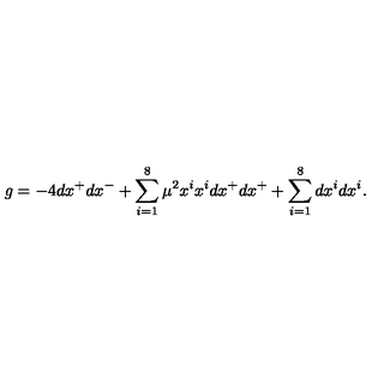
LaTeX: g = - 4 d x ^ { + } d x ^ { - } + \sum _ { i = 1 } ^ { 8 } \mu ^ { 2 } x ^ { i } x ^ { i } d x ^ { + } d x ^ { + } + \sum _ { i = 1 } ^ { 8 } d x ^ { i } d x ^ { i } .